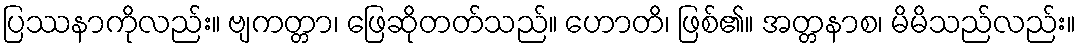
ပြဿနာကိုလည်း။ ဗျကတ္တာ၊ ဖြေဆိုတတ်သည်။ ဟောတိ၊ ဖြစ်၏။ အတ္တနာစ၊ မိမိသည်လည်း။